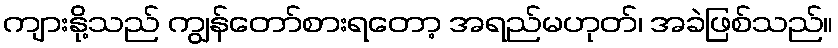
ကျားနို့သည် ကျွန်တော်စားရတော့ အရည်မဟုတ်၊ အခဲဖြစ်သည်။